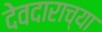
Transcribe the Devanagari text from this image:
देवदाराच्या